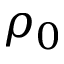
\rho _ { 0 }